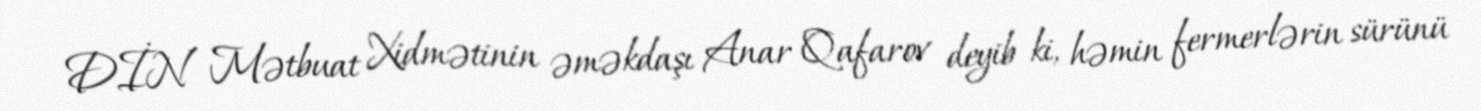
DİN Mətbuat Xidmətinin əməkdaşı Anar Qafarov deyib ki, həmin fermerlərin sürünü